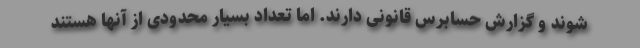
شوند و گزارش حسابرس قانونی دارند. اما تعداد بسیار محدودی از آنها هستند